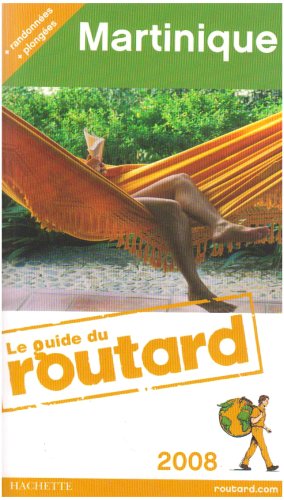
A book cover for Guide Du Routard France: Guide Du Routard Martinique (French Edition); Travel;